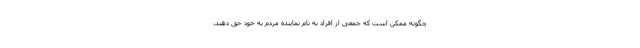
چگونه ممکن است که جمعی از افراد به نام نماینده مردم به خود حق دهند،